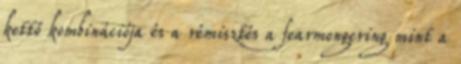
kettő kombinációja és a rémisztés a fearmongering mint a